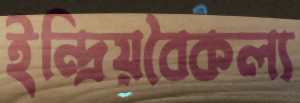
ইন্দ্রিয়বৈকল্য